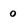
Character: 0